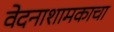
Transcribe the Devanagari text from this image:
वेदनाशामकाचा